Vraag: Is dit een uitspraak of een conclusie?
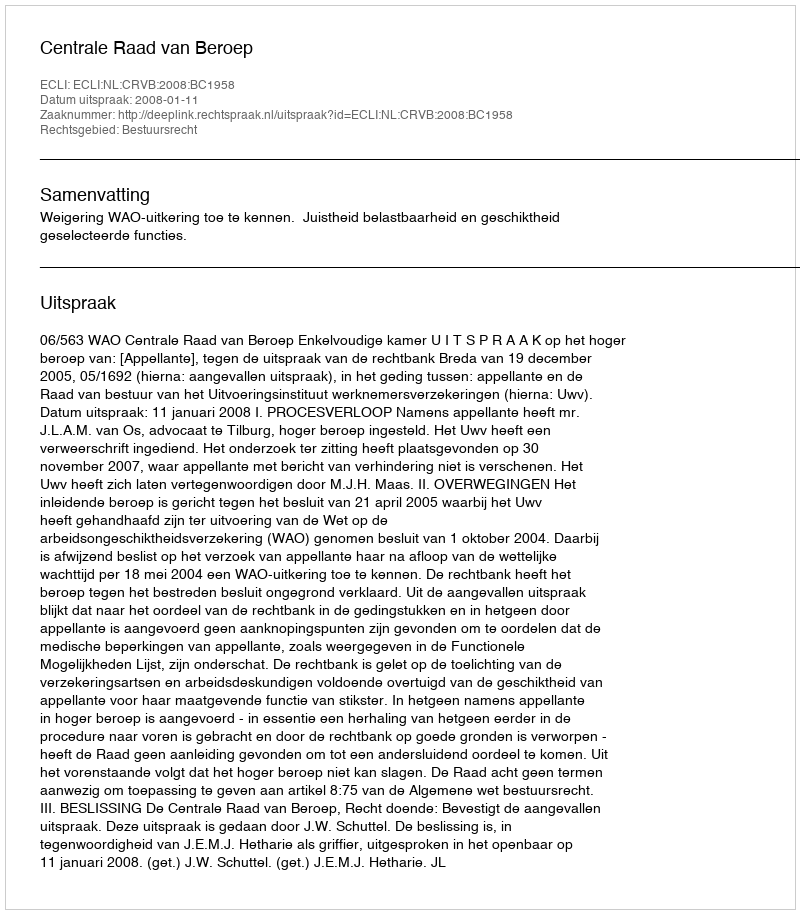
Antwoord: Uitspraak